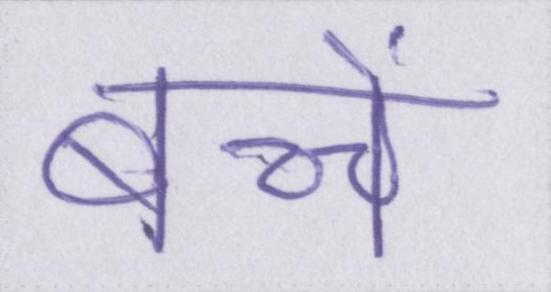
बच्चें